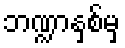
ဘဏ္ဍာနှစ်မှ